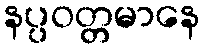
နပ္ပဝတ္တမာနေ